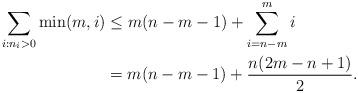
LaTeX: \begin{align*}\sum _{i:n_i>0} \min(m, i) &\le m(n-m-1) + \sum _{i=n-m}^m i \\&= m(n-m-1) + \frac{n(2m-n+1)}{2}.\end{align*}